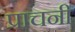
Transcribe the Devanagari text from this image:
प्राचनी